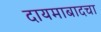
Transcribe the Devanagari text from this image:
दायमाबादचा